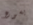
يسوع